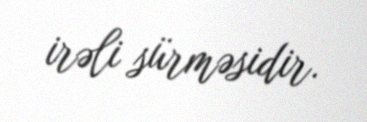
irəli sürməsidir.